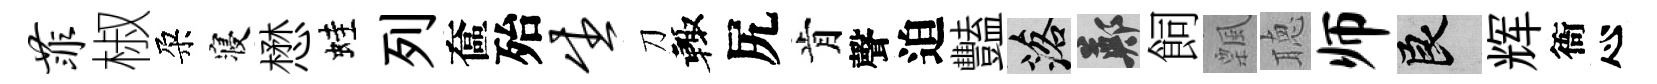
菲椒朶寝懋蛙列奩殆生刀輙尻肯聲迫豔落鄭飼飄聴师良辉衙心